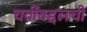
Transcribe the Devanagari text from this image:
चवींबद्दलची